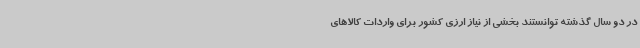
در دو سال گذشته توانستند بخشی از نیاز ارزی کشور برای واردات کالاهای